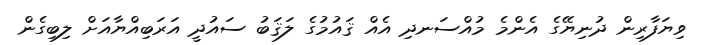
ވިޔަފާރިން ދުނިޔޭގެ އެންމެ މުއްސަނދި އެއް ޤައުމުގެ ލަޤަބު ސައުދީ އަރަބިއްޔާއަށް ލިބިގެން